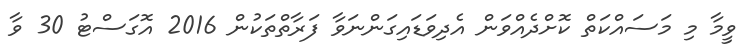
ވީމާ މި މަސައްކަތް ކޮށްދެއްވަން އެދިވަޑައިގަންނަވާ ފަރާތްތަކުން 2016 އޮގަސްޓު 30 ވާ